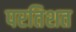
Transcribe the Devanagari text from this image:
परतिशत